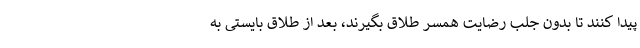
پیدا کنند تا بدون جلب رضایت همسر طلاق بگیرند، بعد از طلاق بایستی به